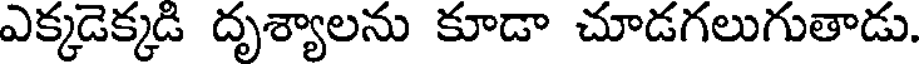
ఎక్కడెక్కడి దృశ్యాలను కూడా చూడగలుగుతాడు.